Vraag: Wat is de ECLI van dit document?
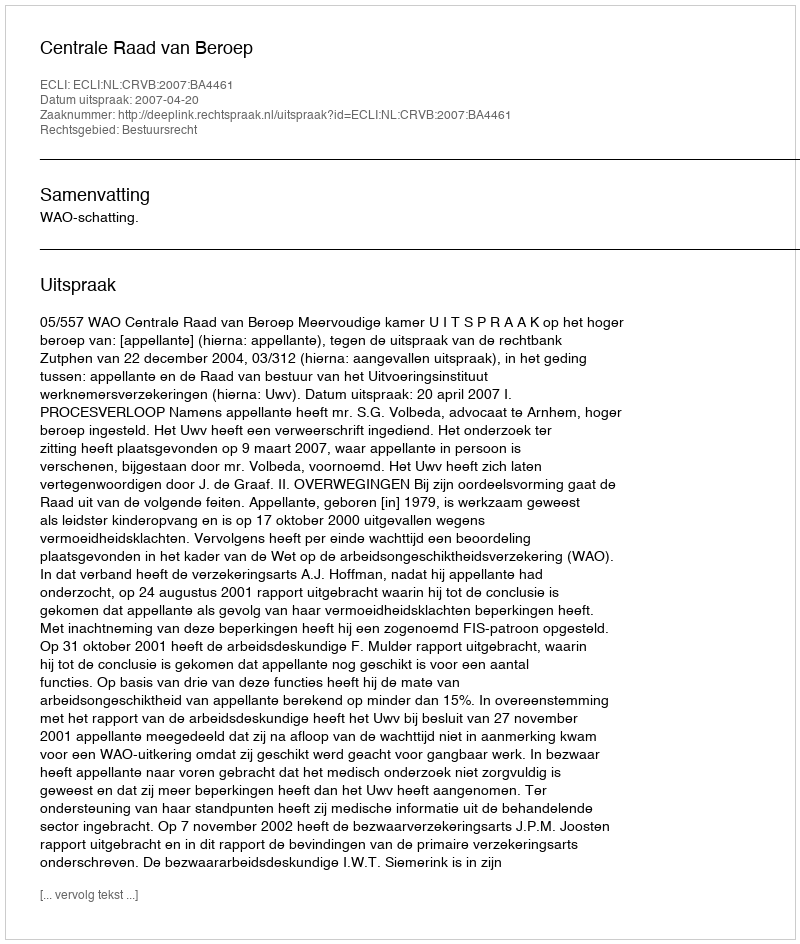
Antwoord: ECLI:NL:CRVB:2007:BA4461